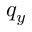
q _ { y }